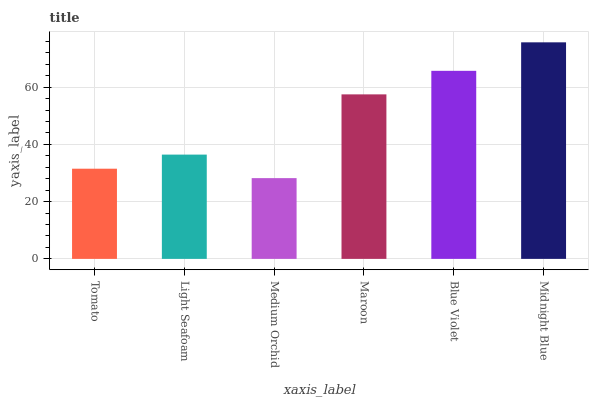
| xaxis_label | bars |
 | --- | --- |
 | Tomato | 31.5 |
 | Light Seafoam | 36.4 |
 | Medium Orchid | 28.2 |
 | Maroon | 57.5 |
 | Blue Violet | 65.7 |
 | Midnight Blue | 75.7 |